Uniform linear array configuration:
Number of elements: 4
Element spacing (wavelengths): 0.75
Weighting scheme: exponential
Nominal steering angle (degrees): -60
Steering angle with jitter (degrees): -58.642
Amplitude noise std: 0.05
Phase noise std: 0.05

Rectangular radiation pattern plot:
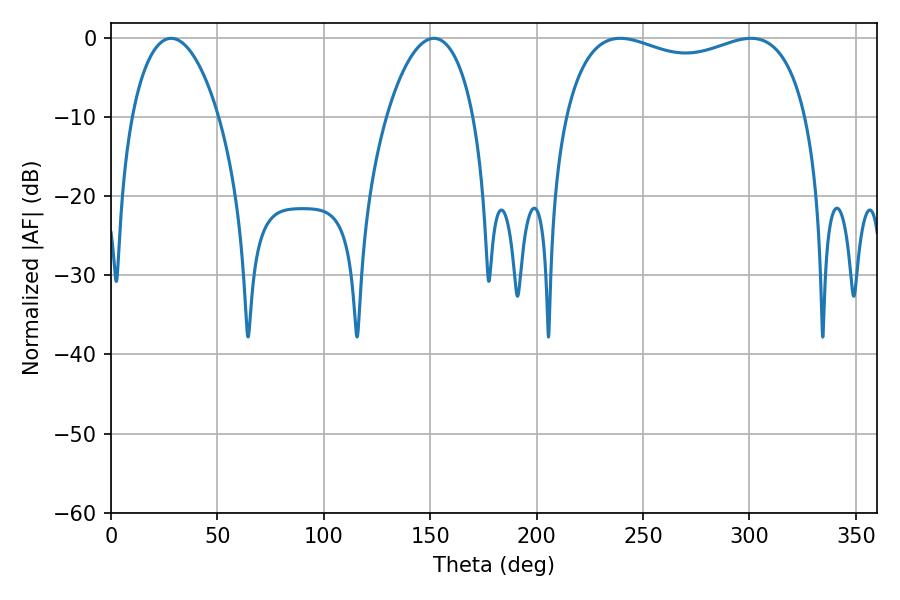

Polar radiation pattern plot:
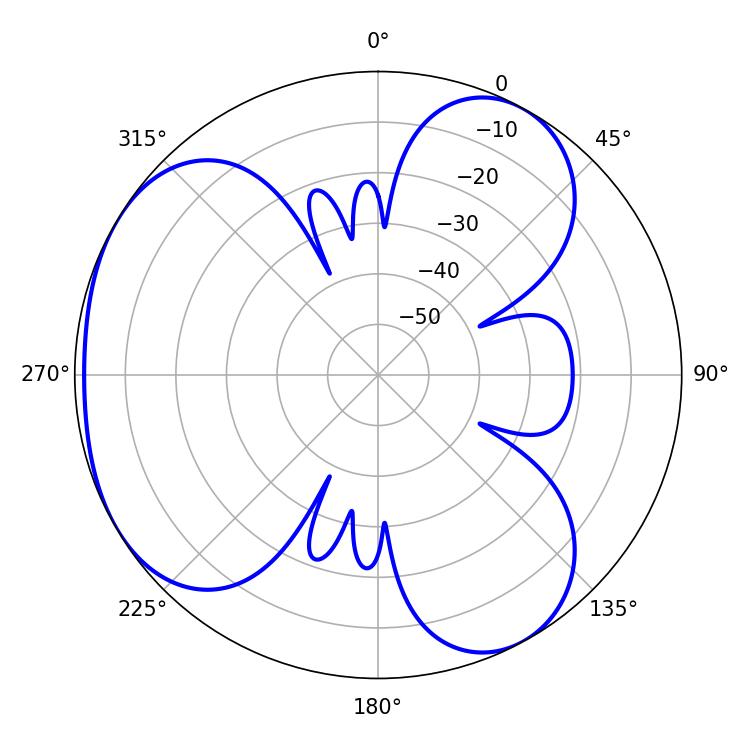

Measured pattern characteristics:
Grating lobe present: TRUE
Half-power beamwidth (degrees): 23.22
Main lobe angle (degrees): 28.26